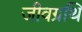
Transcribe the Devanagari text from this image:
जीवग्रथि